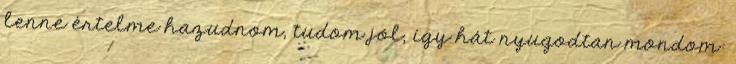
lenne értelme hazudnom, tudom jól, így hát nyugodtan mondom: